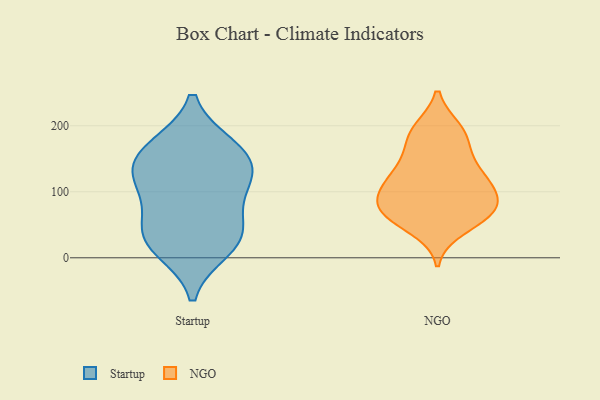
{"axis": {"x": "Customer Acquisition Cost (USD)", "y": "Value"}, "legend": ["NGO", "Startup"], "data": [{"x": "", "y": 102, "type": "Startup"}, {"x": "", "y": 125, "type": "Startup"}, {"x": "", "y": 31, "type": "Startup"}, {"x": "", "y": 168, "type": "Startup"}, {"x": "", "y": 50, "type": "Startup"}, {"x": "", "y": 148, "type": "Startup"}, {"x": "", "y": 14, "type": "Startup"}, {"x": "", "y": 116, "type": "Startup"}, {"x": "", "y": 32, "type": "Startup"}, {"x": "", "y": 165, "type": "Startup"}, {"x": "", "y": 189, "type": "NGO"}, {"x": "", "y": 75, "type": "NGO"}, {"x": "", "y": 74, "type": "NGO"}, {"x": "", "y": 168, "type": "NGO"}, {"x": "", "y": 60, "type": "NGO"}, {"x": "", "y": 194, "type": "NGO"}, {"x": "", "y": 79, "type": "NGO"}, {"x": "", "y": 66, "type": "NGO"}, {"x": "", "y": 119, "type": "NGO"}, {"x": "", "y": 154, "type": "NGO"}, {"x": "", "y": 97, "type": "NGO"}, {"x": "", "y": 111, "type": "NGO"}, {"x": "", "y": 110, "type": "NGO"}, {"x": "", "y": 44, "type": "NGO"}, {"x": "", "y": 87, "type": "NGO"}, {"x": "", "y": 195, "type": "NGO"}, {"x": "", "y": 61, "type": "NGO"}, {"x": "", "y": 133, "type": "NGO"}, {"x": "", "y": 126, "type": "NGO"}]}